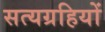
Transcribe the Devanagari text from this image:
सत्यग्रहियों